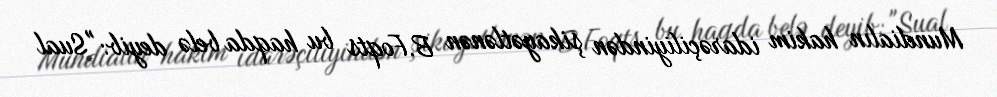
Mundialın hakim idarəçiliyindən şikayətlənən B.Foqts bu haqda belə deyib: "Sual